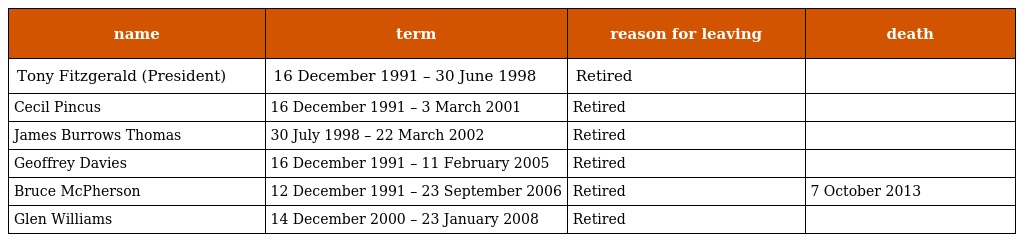
| name | term | reason for leaving | death |
 | --- | --- | --- | --- |
 | Tony Fitzgerald (President) | 16 December 1991 – 30 June 1998 | Retired |  |
 | Cecil Pincus | 16 December 1991 – 3 March 2001 | Retired |  |
 | James Burrows Thomas | 30 July 1998 – 22 March 2002 | Retired |  |
 | Geoffrey Davies | 16 December 1991 – 11 February 2005 | Retired |  |
 | Bruce McPherson | 12 December 1991 – 23 September 2006 | Retired | 7 October 2013 |
 | Glen Williams | 14 December 2000 – 23 January 2008 | Retired |  |